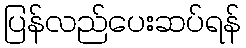
ပြန်လည်ပေးဆပ်ရန်